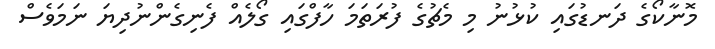
މޮނާކޯގެ ދަނޑުގައި ކުޅުނު މި މެޗުގެ ފުރަތަމަ ހާފްގައި ގޯލެއް ފެނިގެންނުދިޔަ ނަމަވެސް